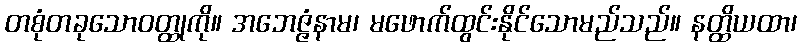
တစုံတခုသောဝတ္ထုကို။ အဘေဇ္ဇံနာမ၊ မဖောက်ထွင်းနိုင်သောမည်သည်။ နတ္ထိယထာ၊